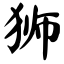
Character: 狮